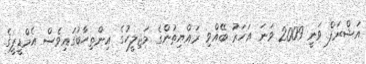
އަޝްރަފް ވަނީ 2009 ވަނަ އަހަރު ބޭއްވި ރައްޔިތުންގެ މަޖިލީހުގެ އިންތިހާބުގައިވެސް އެމްޑީޕީގެ